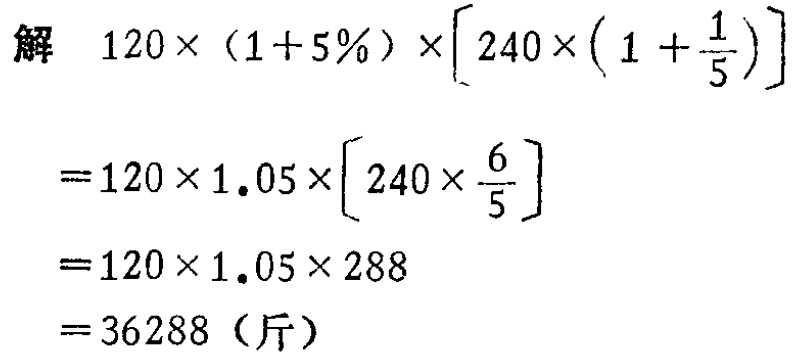
解

\[

\begin{align*}

&120\times(1 + 5\%)\times\left[240\times\left(1+\frac{1}{5}\right)\right]\\

=&120\times1.05\times\left[240\times\frac{6}{5}\right]\\

=&120\times1.05\times288\\

=&36288 (\text{斤})

\end{align*}

\]